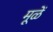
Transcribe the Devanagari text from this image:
मूळें